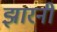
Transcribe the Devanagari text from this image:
झारनी